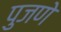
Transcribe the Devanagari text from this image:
पुजणे